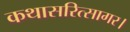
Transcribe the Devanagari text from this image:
कथासरित्सागर।